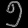
Digit: ၅